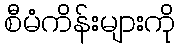
စီမံကိန်းများကို